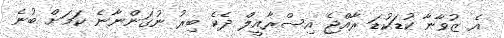
އެ ޒުވާނާ ކުޑަކުޑަ ރާއްޖެ އިސްރާއީލް ދެކެ ބިރު ނުގަންނާނެ ކަމަށް ބުނެ